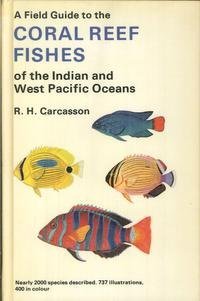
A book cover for A Field Guide to the Coral Reef Fishes of the Indian and Western Pacific Oceans; R. H. Carcasson; Sports & Outdoors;